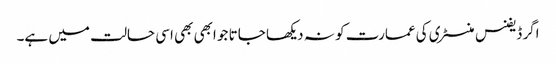
اگر ڈیفنس منسٹری کی عمارت کو نہ دیکھا جاتا جو ابھی بھی اسی حالت میں ہے۔